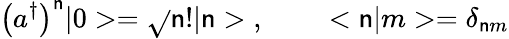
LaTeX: \left(a^{\dagger}\right)^{\mathsf{n}}|0>=\sqrt{}{{\mathsf{n}!}}|\mathsf{n}>\; ,\; \; \; \; \; \; \; \; <\mathsf{n}|m>=\delta_{\mathsf{n}m}